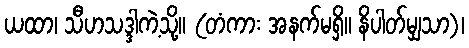
ယထာ၊ သီဟသဒ္ဒါကဲ့သို့။ (တံကား အနက်မရှိ။ နိပါတ်မျှသာ)၊